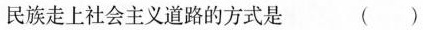
民族走上社会主义道路的方式是 ( )